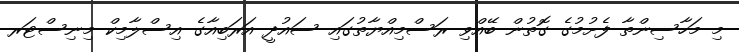
މި މަހާސިންތާ ފެށުމުގެ ގޮތުން ބޭއްވި ރަސްމިއްޔާތުގައި ސައުދީ އަރަބިއާގެ އިސްލާމިކް މިނިސްޓަރ